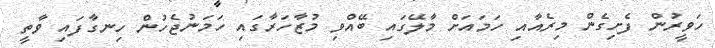
ހަވީރުން ފެށިގެން މިރެއާއި ހަމައަށް މާލޭގައި ބޭއްވި މުޒާހަރާގައި ހަމަނުޖެހުން ހިނގާފައި ވާތީ